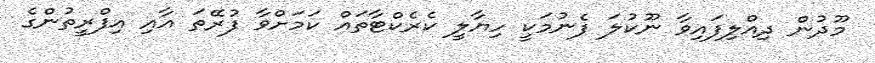
މޫދުން ދިއްލިފައިވާ ނޫކުލަ ފެނުމަކީ ހިޔާލީ ކެރެކްޓާތައް ކަމަށްވާ ފުރޭތަ އާއި އިފްރީތުންގެ